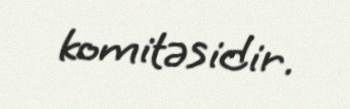
komitəsidir.